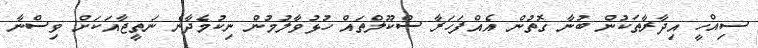
ސިއްހީ އިދާރާތަކުން ބުނާ ގޮތުން އެއްފަހަރާ ސްކޫލްތައް ހުޅުވާލުމުން ނިކުމެދާނެ ނަތީޖާއަކަށް ވިސްނާ